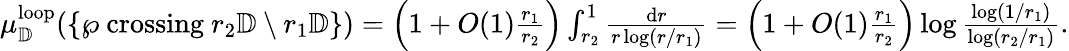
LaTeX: \begin{array}{r}{\mu_{\mathbb{D}}^{\mathrm{loop}}(\{ \wp\mathrm{~crossing~}r_{2}\mathbb{D}\setminus r_{1}\mathbb{D}\} )=\left(1+O(1)\frac{r_{1}}{r_{2}}\right)\int_{r_{2}}^{1}\frac{\mathrm{d}r}{r\log(r/r_{1})}=\left(1+O(1)\frac{r_{1}}{r_{2}}\right)\log\frac{\log(1/r_{1})}{\log(r_{2}/r_{1})}.}\end{array}